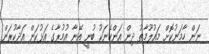
ނަން ހާމަނުކޮށް މައުލޫމާތު ދިން އަންހެނަކު ބުނީ އޭނާ އުމުރާގެ އަޅުކަން އަދާކުރަން